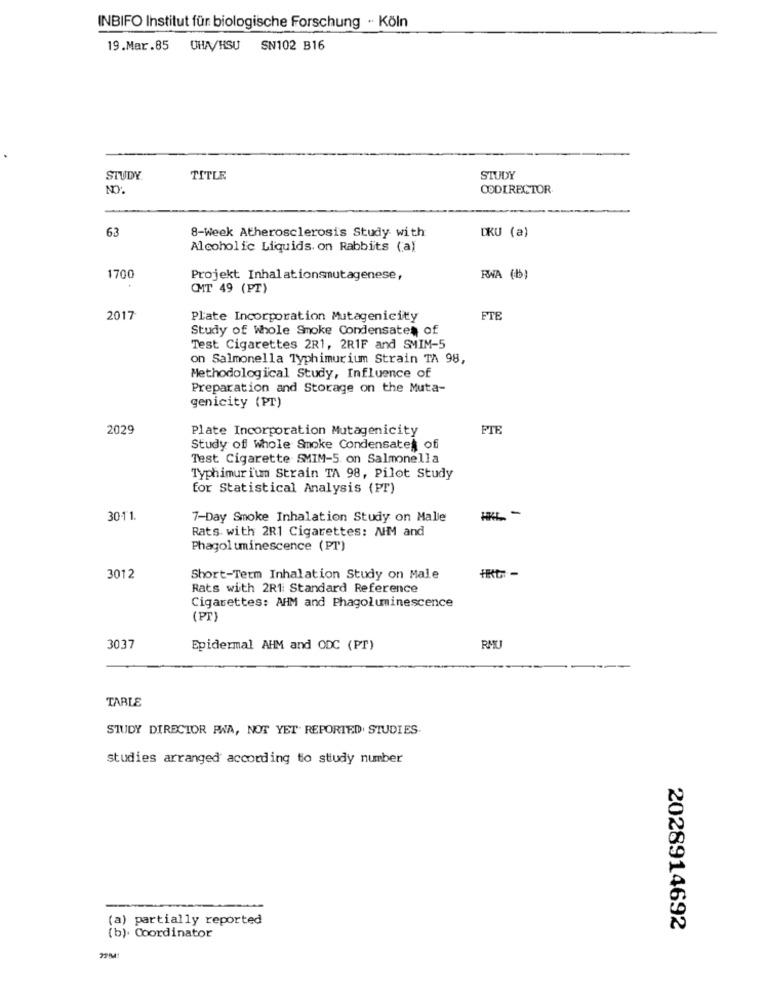
INBIFO Institut für biologische Forschung - Köln
19.Mar.85 CHA/HSU SN102 B16
STUDY
TITLE
STUDY
NO:
CODIRECTOR
63
8-Week Atherosclerosis Study with
DKU (a)
Alcoholic Liquids. on Rabbits (a)
1700
Projekt Inhalationsmutagenese,
RWA (b)
CMT 49 (PT)
2017
Plate Incorporation Mutagenicity
FTE
Study of whole Smoke Condensaten of
Test Cigarettes 2R1, 2RIF and SMIM-5
on Salmonella Typhimurium Strain TA 98,
Methodological Study, Influence of
Preparation and Storage on the Muta-
genicity (PT)
2029
Plate Incorporation Mutagenicity
FIE
Study of whole Smoke Condensate off
Test Cigarette SMIM-5 on Salmonella
Typhimuri'un Strain TA 98, Pilot Study
for Statistical Analysis (PT)
30-11.
7-Day Smoke Inhalation Study on Malle
Rats. with 2R1 Cigarettes: AM and
Phagol uminescence (PT)
3012
Short-Term Inhalation Study on Male
Rats with 2R1 Standard Reference
Cigarettes: AHM and Phagoluminescence
(PT
3037
Epidermal AHM and ODC (PT)
RMU
TABLE
STUDY DIRECTOR PWA, NOT YET REPORTED. STUDIES
studies arranged according to study number
(a) partially reported
2028914692
(b). Coordinator